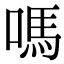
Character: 嗎